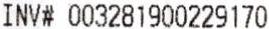
INV# 003281900229170